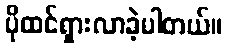
ပိုထင်ရှားလာခဲ့ပါတယ်။